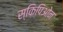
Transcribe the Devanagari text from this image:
स्किपिओन